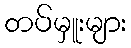
တပ်မှူးများ